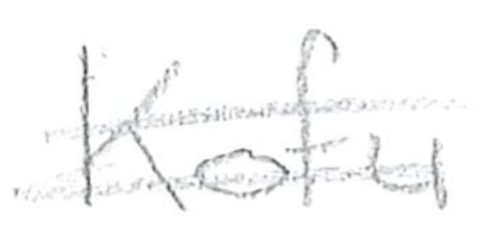
Text: Kofu
Cross-out: double-line
Writing tool: pencil